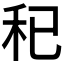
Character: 𥝗